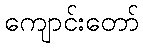
ကျောင်းတော်